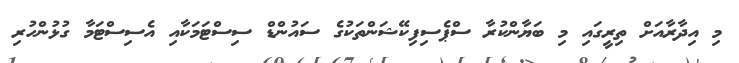
މި އިދާރާއަށް ތިރީގައި މި ބަޔާންކުރާ ސްޕެސިފިކޭޝަންތަކުގެ ސައުންޑް ސިސްޓަމަކާއި އެސިސްޓަމާ ގުޅުންހުރި